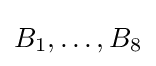
B_{1},\ldots ,B_{8}